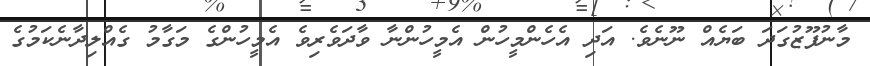
މާނުފޫޒުގަދަ ބަޔެއް ނޫނެވެ. އަދި އެހެންމީހުން އެމީހުންނާ ވާދަވެރިވެ އެމީހުންގެ މަގާމު ގެއްލިދާނެކަމުގެ